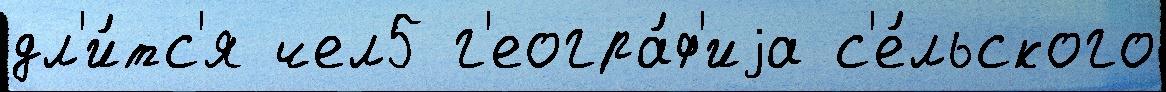
дл'и́тс'я чел5 г'еогра́ф'иjа с'е́льского